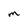
Character: M